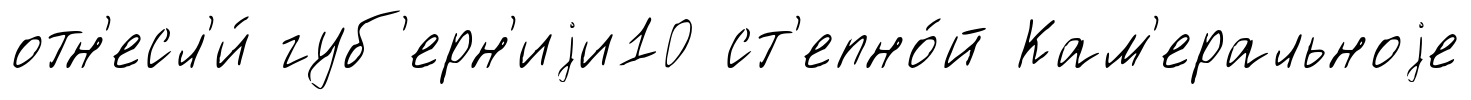
отн'есл'и́ губ'ерн'иjи10 ст'епно́й Кам'еральноjе